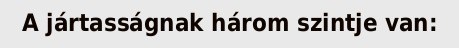
A jártasságnak három szintje van: